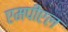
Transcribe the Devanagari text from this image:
एमपीएल